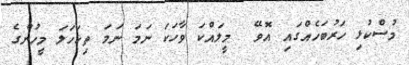
މުސްކުޅި ހަރުބަހެއްގައި އޮވޭ  މީލައްކަ ވާހަކަ ނަމަ ނަމަ ތިކަހަލަ މީހުންގެ